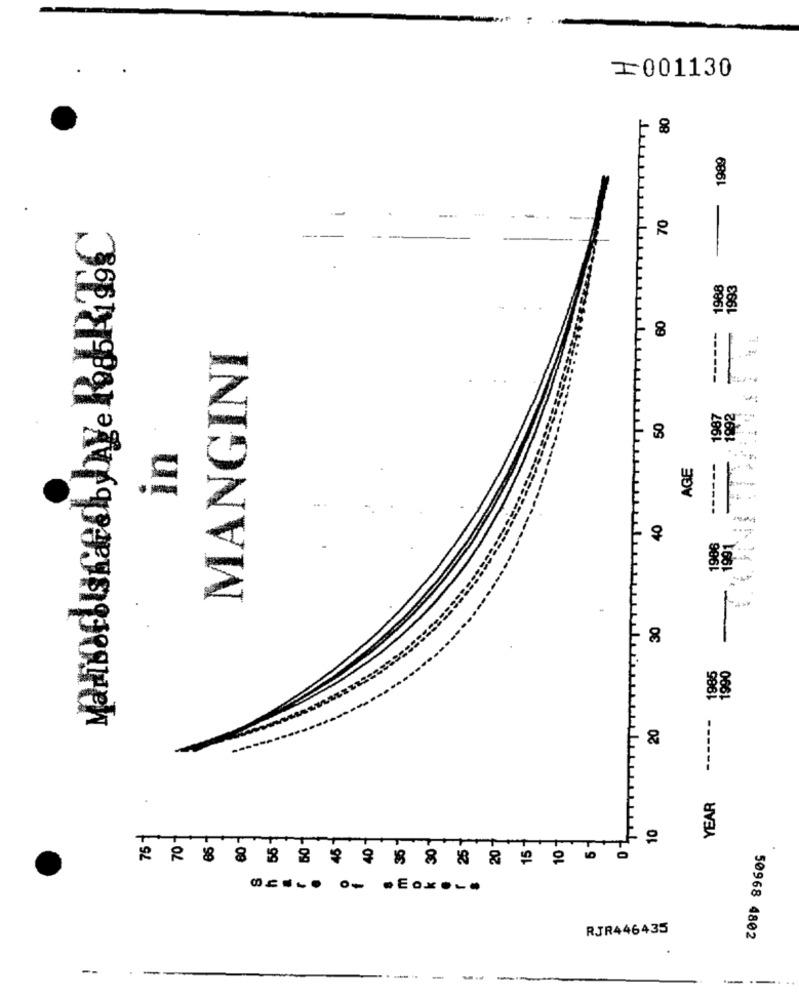
₸001130
- 8
1989
-...
70
--
1968
1993
8
MANGINI
1992
1987
50
In
AGE
40
1986
1991
- 8
88
------
20
-----
.
YEAR
10
10
20
RJR446435
50968 4802
--
-